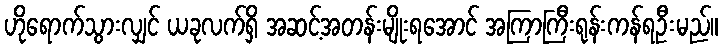
ဟိုရောက်သွားလျှင် ယခုလက်ရှိ အဆင့်အတန်းမျိုးရအောင် အကြာကြီးရုန်းကန်ရဦးမည်။